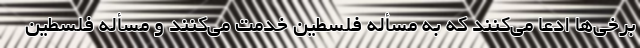
برخی‌ها ادعا می‌کنند که به مسأله فلسطین خدمت می‌کنند و مسأله فلسطین